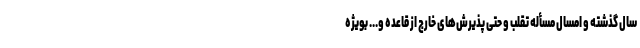
سال گذشته و امسال مسأله تقلب و حتی پذیرش‌های خارج از قاعده و... بویژه